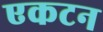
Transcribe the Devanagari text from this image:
एकटन